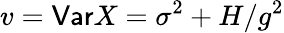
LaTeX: v=\mathsf{Var}X=\sigma^{2}+H/g^{2}